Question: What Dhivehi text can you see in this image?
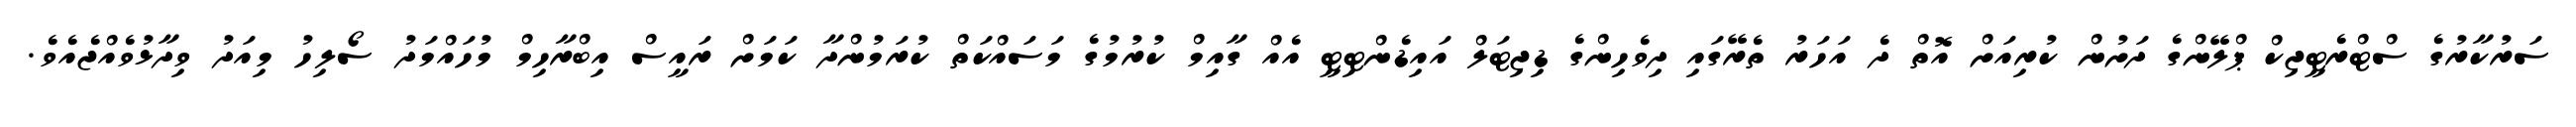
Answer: ސަރުކާރުގެ ސްޓްރެޓީޖިކް ޕްލޭންގެ ދަށުން ކުރިއަށް އޮތް ދެ އަހަރު ތެރޭގައި ދިވެހިންގެ ޑިޖިޓަލް އައިޑެންޓިޓީ އެއް ގާއިމް ކުރުމުގެ މަސައްކަތް ކުރަމުންދާ ކަމަށް ރައީސް އިބްރާހިމް މުހައްމަދު ސޯލިހު މިއަދު ވިދާޅުވެއްޖެއެވެ.